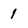
Character: 1